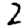
Digit: 2